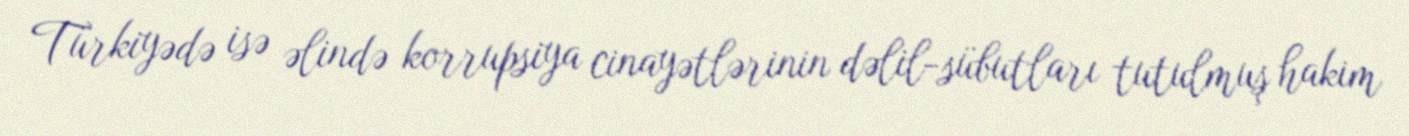
Türkiyədə isə əlində korrupsiya cinayətlərinin dəlil-sübutları tutulmuş hakim